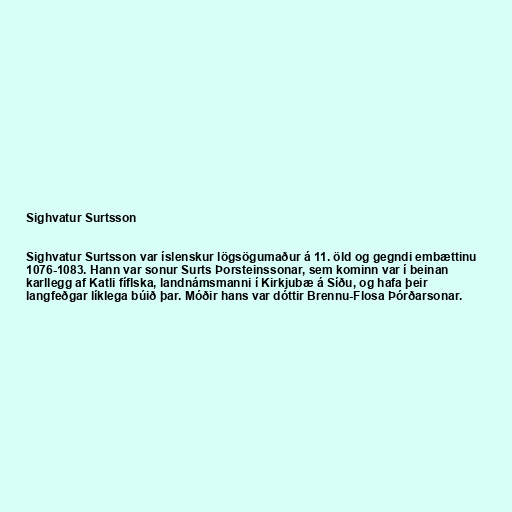
Sighvatur Surtsson

Sighvatur Surtsson var íslenskur lögsögumaður á 11. öld og gegndi embættinu
1076-1083. Hann var sonur Surts Þorsteinssonar, sem kominn var í beinan
karllegg af Katli fíflska, landnámsmanni í Kirkjubæ á Síðu, og hafa þeir
langfeðgar líklega búið þar. Móðir hans var dóttir Brennu-Flosa Þórðarsonar.